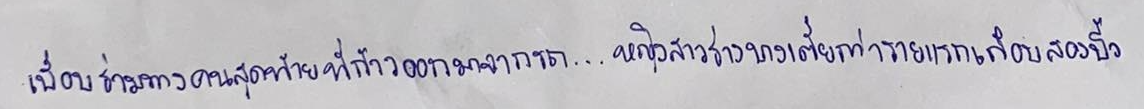
เพื่อนร่วมทางคนสุดท้ายที่ก้าวออกมาจากรถ...หญิงสาวร่างบางเตี้ยกว่ารายแรกเกือบสองนิ้ว